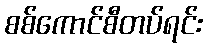
စစ်ကောင်စီတပ်ရင်း